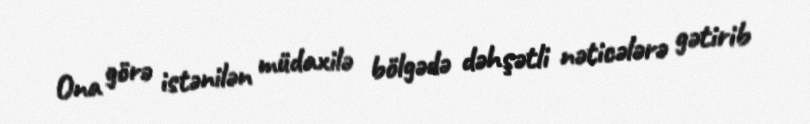
Ona görə istənilən müdaxilə bölgədə dəhşətli nəticələrə gətirib